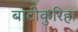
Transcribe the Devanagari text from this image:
बाटीकुरिहा